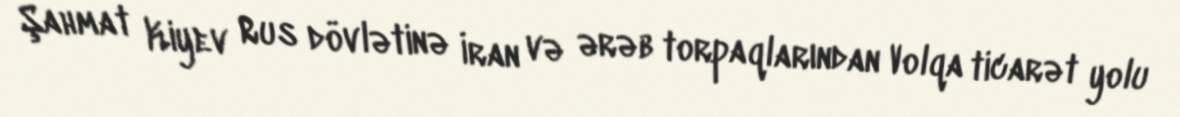
Şahmat Kiyev Rus dövlətinə İran və ərəb torpaqlarından Volqa ticarət yolu